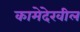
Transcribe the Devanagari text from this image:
कामेदेखील